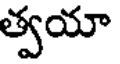
త్వయా